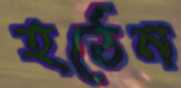
হঠেন